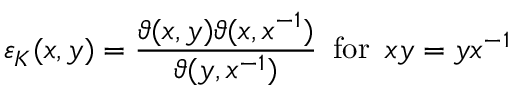
\varepsilon _ { K } ( x , y ) = \frac { \vartheta ( x , y ) \vartheta ( x , x ^ { - 1 } ) } { \vartheta ( y , x ^ { - 1 } ) } \, \, \, \mathrm { f o r } \, \, \, x y = y x ^ { - 1 }